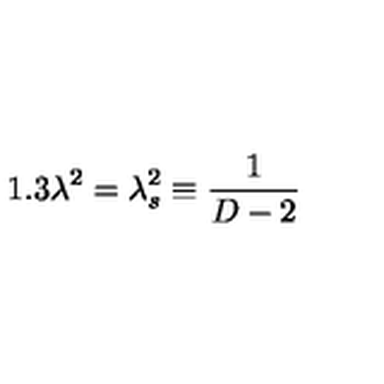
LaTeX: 1 . 3 \lambda ^ { 2 } = \lambda _ { s } ^ { 2 } \equiv \frac { 1 } { D - 2 }